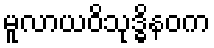
မူလာယဝိသုဒ္ဓိနဝက